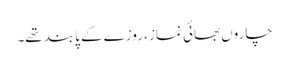
چاروں بھائی نماز ، روزے کے پابند تھے۔